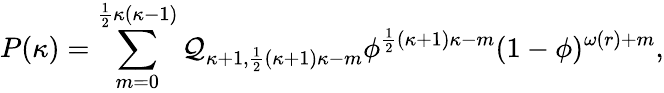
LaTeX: P(\kappa)=\sum_{m=0}^{\frac 12\kappa(\kappa-1)}\mathcal Q_{\kappa+1,\frac 12(\kappa+1)\kappa-m}\phi^{\frac 12(\kappa+1)\kappa-m}(1-\phi)^{\omega(r)+m},